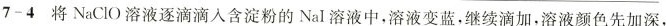
7-4将NaClO溶液逐滴滴入含淀粉的NaI溶液中，溶液变蓝，继续滴加，溶液颜色先加深，